Vaccination in Bombay 1863-1868 - 1863-1868
Year: 1863
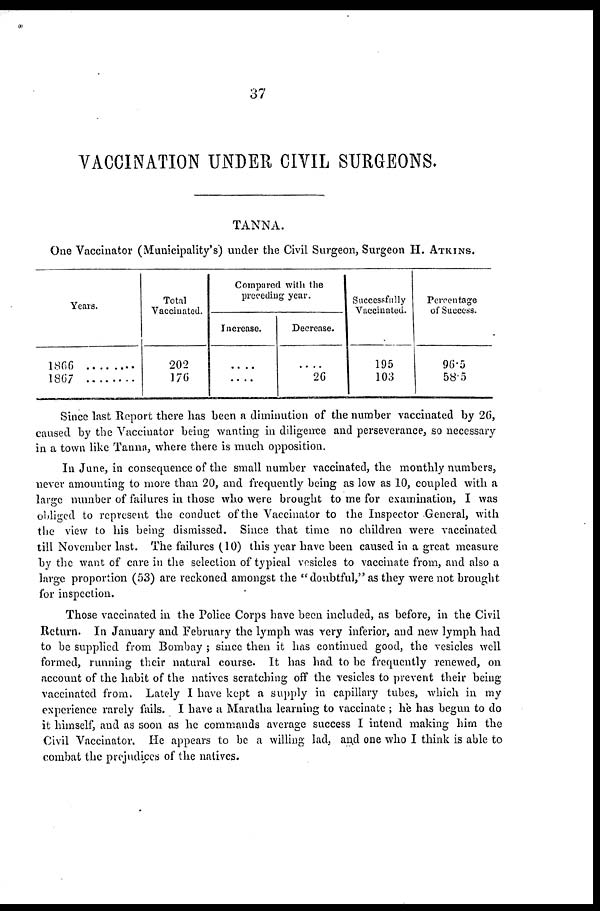
37
VACCINATION UNDER CIVIL SURGEONS.
TANNA.
One Vaccinator (Municipality's) under the Civil Surgeon, Surgeon H. ATKINS.
Years.
1866 ...........
1867 ...........
Total
Vaccinated.
202
176
Compared with the
preceding year.
Increase.
....
....
Decrease.
....
26
Successfully
Vaccinated.
195
103
Percentage
of Success.
96.5
58.5
Since last Report there has been a diminution of the number vaccinated by 26,
caused by the Vaccinator being wanting in diligence and perseverance, so necessary
in a town like Tanna, where there is much opposition.
In June, in consequence of the small number vaccinated, the monthly numbers,
never amounting to more than 20, and frequently being as low as 10, coupled with a
large number of failures in those who were brought to me for examination, I was
obliged to represent the conduct of the Vaccinator to the Inspector General, with
the view to his being dismissed. Since that time no children were vaccinated
till November last. The failures (10) this year have been caused in a great measure
by the want of care in the selection of typical vesicles to vaccinate from, and also a
large proportion (53) are reckoned amongst the " doubtful," as they were not brought
for inspection.
Those vaccinated in the Police Corps have been included, as before, in the Civil
Return. In January and February the lymph was very inferior, and new lymph had
to be supplied from Bombay ; since then it has continued good, the vesicles well
formed, running their natural course. It has had to be frequently renewed, on
account of the habit of the natives scratching off the vesicles to prevent their being
vaccinated from. Lately I have kept a supply in capillary tubes, which in my
experience rarely fails. I have a Maratha learning to vaccinate ; he has begun to do
it himself, and as soon as he commands average success I intend making him the
Civil Vaccinator. He appears to be a willing lad, and one who I think is able to
combat the prejudices of the natives.